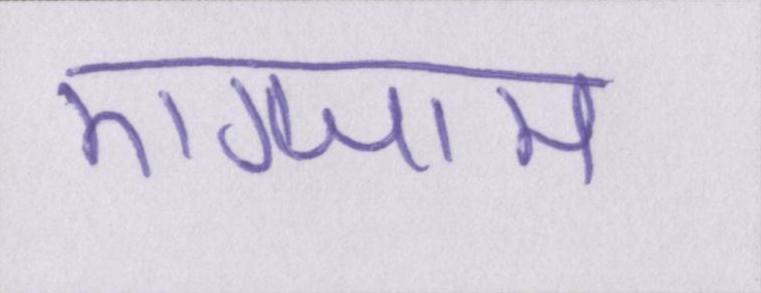
एग्जाम